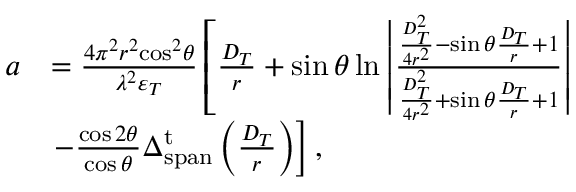
\begin{array} { r l } { a } & { = \frac { { 4 { \pi ^ { 2 } } { r ^ { 2 } } { { \cos } ^ { 2 } } \theta } } { { { \lambda ^ { 2 } } { \varepsilon _ { T } } } } \left[ { \frac { { { D _ { T } } } } { r } + \sin \theta \ln \left| { \frac { { \frac { { D _ { T } ^ { 2 } } } { { 4 { r ^ { 2 } } } } - \sin \theta \frac { { { D _ { T } } } } { r } + 1 } } { \frac { { D _ { T } ^ { 2 } } } { { 4 { r ^ { 2 } } } } + \sin \theta \frac { { { D _ { T } } } } { r } + 1 } } \right| } \right. } \\ & { \left. { - \frac { { \cos 2 \theta } } { { \cos \theta } } \Delta _ { \mathrm { { s p a n } } } ^ { \mathrm { t } } \left( \frac { { { D _ { T } } } } { r } \right) } \right] , } \end{array}